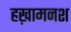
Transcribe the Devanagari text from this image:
हख़ामनश